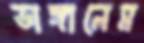
ভাঙ্গালেম